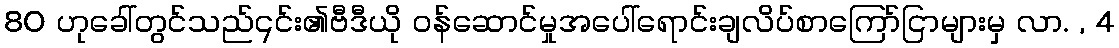
80 ဟုခေါ်တွင်သည်၎င်း၏ဗီဒီယို ဝန်ဆောင်မှုအပေါ်ရောင်းချလိပ်စာကြော်ငြာများမှ လာ. , 4